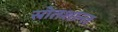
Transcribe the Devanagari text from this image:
स्रोतशान्त